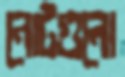
নোটগুলো